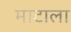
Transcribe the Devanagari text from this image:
माटाला